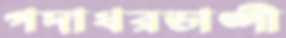
গদাধরডাঙ্গী